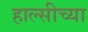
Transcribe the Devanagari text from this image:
हाल्सीच्या